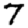
Digit: 7